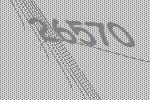
26570